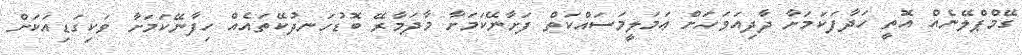
ގޭމްޕްލޭނެއް އޮތީ ހަދާފަކަމަށާ ދާދިއަވަހަށް ޢަމަލީމަސައްކަތް ފަށާނޭކަމަށާ މާދަމާރޭ ބޮޑުހަނދުކޭތައެއް ހިފާނޭކަމަށާ ވަކިގަޑިއަކަށް